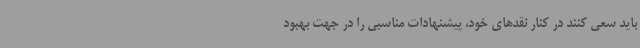
باید سعی کنند در کنار نقدهای خود، پیشنهادات مناسبی را در جهت بهبود